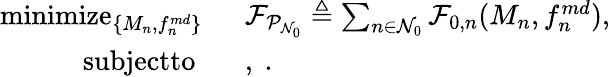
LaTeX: \begin{array}{rl}{\mathop{\textrm{minimize}}_{\left\{ M_{n},f_{n}^{md}\right\} }\ \ }&{\mathcal{F}_{\mathcal{P}_{\mathcal{N}_{0}}}\triangleq\sum_{n\in\mathcal{N}_{0}}\mathcal{F}_{0,n}({M_{n}},{f_{n}^{md}}),}\\ {\textrm{subjectto}\ \ \ }&{,\ .}\end{array}